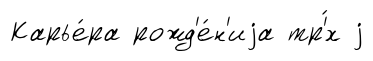
Карье́ра рожд'е́н'иjа тр'́х j